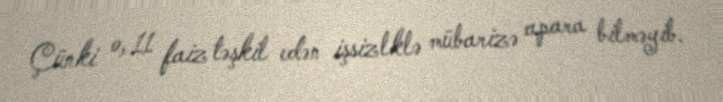
Çünki o, 11 faiz təşkil edən işsizlklə mübarizə apara bilməyib.